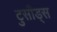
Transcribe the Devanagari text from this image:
टुसौड्स